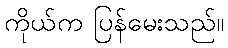
ကိုယ်က ပြန်မေးသည်။